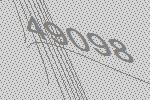
49098